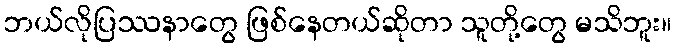
ဘယ်လိုပြဿနာတွေ ဖြစ်နေတယ်ဆိုတာ သူတို့တွေ မသိဘူး။